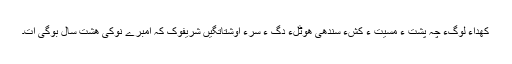
کھداءِ لوگءَ چہ پُشت ءُُ مَسیّت ءِ کَشّءَ سندھی ھوٹلءِ دَگ ءِ سرءَ اوشتاتگیں شَریفوک کہ اُمبرے نوکی ھَشت سال بوگی اَت۔